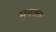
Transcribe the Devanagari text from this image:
मुनक्क